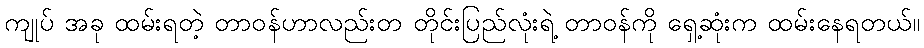
ကျုပ် အခု ထမ်းရတဲ့ တာဝန်ဟာလည်းတ တိုင်းပြည်လုံးရဲ့ တာဝန်ကို ရှေ့ဆုံးက ထမ်းနေရတယ်။